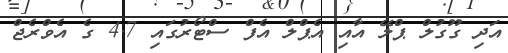
އަދި ގޫގުލް ޕްލޭ އާއި އެޕްލް އެފް ސްޓޯރުގައި 4.7 ގެ އެވްރެޖް